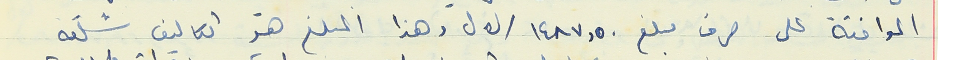
الموافقة على صرف مبلغ ١٤٨٧,٥٠/ ل.ل وهذا المبلغ هو تكاليف شلقه